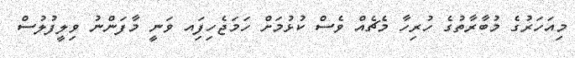
މިއަހަރުގެ މުބާރާތުގެ ހުރިހާ މެޗެއް ވެސް ކުޅުމަށް ހަމަޖެހިފަިއ ވަނީ މާފަންނު ވިލީފުލުސް